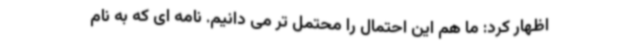
اظهار کرد: ما هم این احتمال را محتمل تر می دانیم. نامه ای که به نام